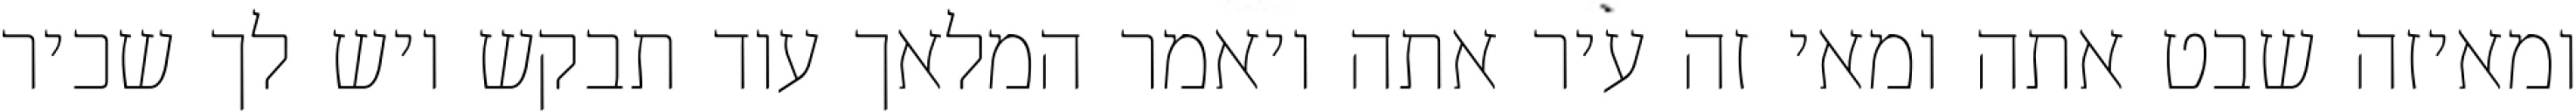
ומאיזה שבט אתה ומאי זה עיר אתה ויאמר המלאך עוד תבקש ויש לך שכיר